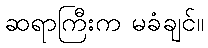
ဆရာကြီးက မခံချင်။